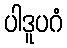
ပါဒူပဂံ